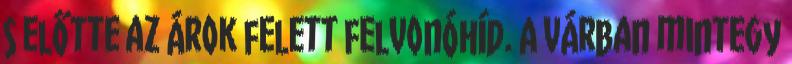
s előtte az árok felett felvonóhíd. A várban mintegy